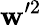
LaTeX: \mathbf{w}^{\prime2}